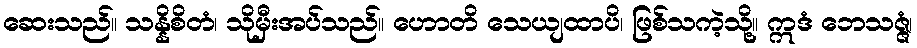
ဆေးသည်။ သန္နိစိတံ၊ သိုမှီးအပ်သည်။ ဟောတိ သေယျထာပိ၊ ဖြစ်သကဲ့သို့။ ဣဒံ ဘေသဇ္ဇံ၊